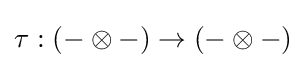
\tau :(-\otimes -)\to (-\otimes -)